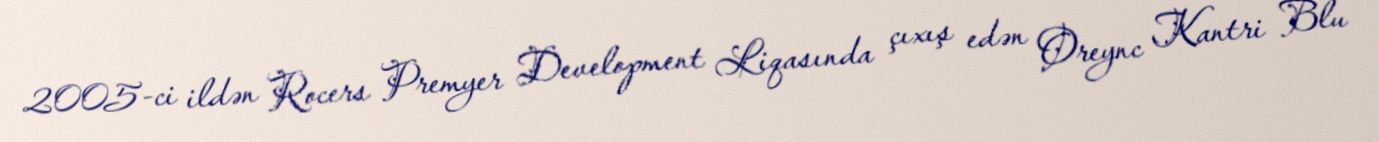
2005-ci ildən Rocers Premyer Development Liqasında çıxış edən Oreync Kantri Blu